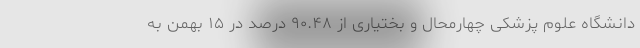
دانشگاه علوم پزشکی چهارمحال و بختیاری از ۹۰.۴۸ درصد در ۱۵ بهمن به